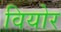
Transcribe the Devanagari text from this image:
वियोर